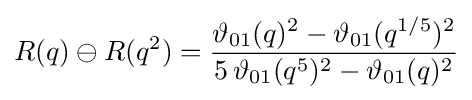
R(q)\ominus R(q^{2})={\frac {\vartheta _{01}(q)^{2}-\vartheta _{01}(q^{1/5})^{2}}{5\,\vartheta _{01}(q^{5})^{2}-\vartheta _{01}(q)^{2}}}